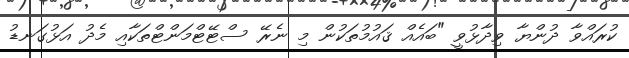
ކުރައްވާ ދުންޔާ ވިދާޅުވީ "ބައެއް ޤައުމުތަކުން މި ނެރޭ ސްޓޭޓްމަންޓްތަކާއި މެދު އަޅުގަނޑު